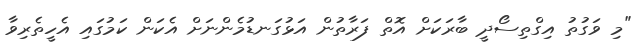
"މި ވަގުތު އިގްތިސޯދީ ބާރަކަށް އޮތް ފަރާތުން އަޅުގަނޑުމެންނަށް އެކަން ކަމުގައި އެހީތެރިވާ